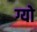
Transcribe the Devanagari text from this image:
ग्यो